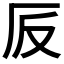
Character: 𠨹